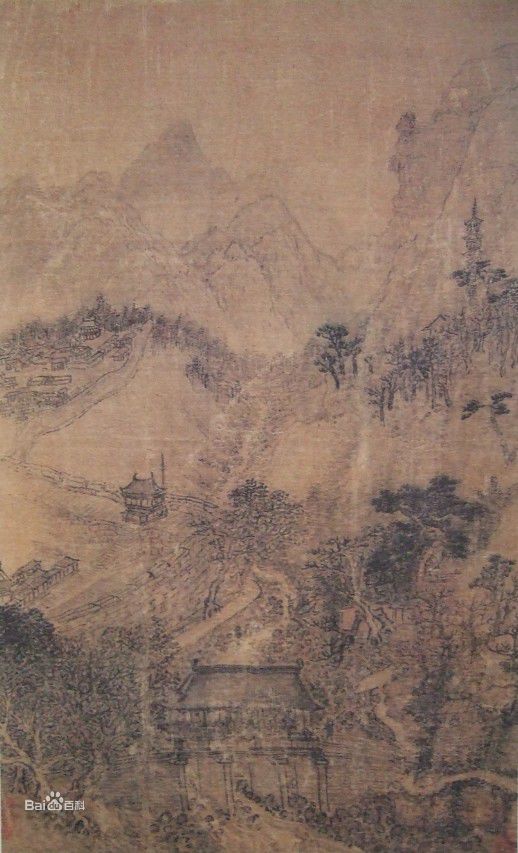
田野荒而仓廪实，百姓虚而府库满，夫是之谓国蹶。